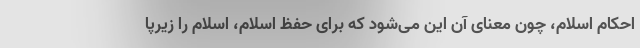
احکام اسلام، چون معنای آن این می‌شود که برای حفظ اسلام، اسلام را زیرپا